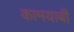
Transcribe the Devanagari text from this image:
कामयाबी